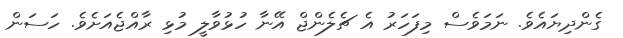
ގެންދިޔައެވެ. ނަމަވެސް މިފަހަރު އެ ޗެލެންޖް އޭނާ ހުޅުވާލީ މުޅި ރާއްޖެއަށެވެ. ހަސަން